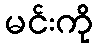
မင်းကို